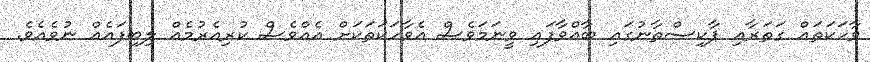
ވާހަކަތައް ގަތަރާއި ޕާކިސްތާނުގައި ބާއްވާފައި ވީނަމަވެސް އެވާހަކަތަކަށް އެއްވެސް ކުރިއެރުމެއް ލިބިފައެއް ނުވެއެވެ.